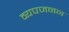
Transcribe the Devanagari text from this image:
व्‍यपजनन